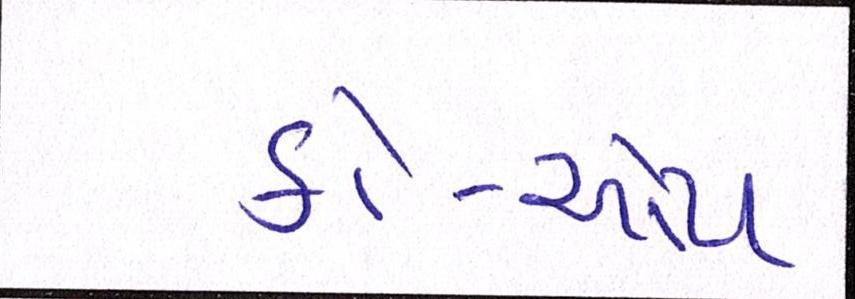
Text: કો-ઓપ